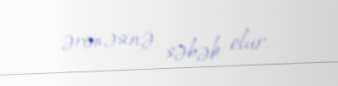
əriməsinə səbəb olur.